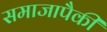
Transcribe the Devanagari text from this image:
समाजापैकी